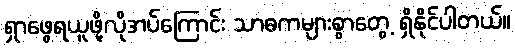
ရှာဖွေရယူဖို့လိုအပ်ကြောင်း သာဓကများစွာတွေ့ ရှိနိုင်ပါတယ်။